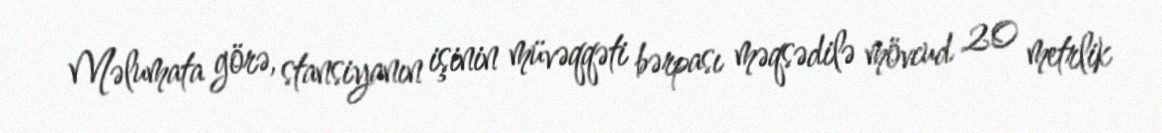
Məlumata görə, stansiyanın işinin müvəqqəti bərpası məqsədilə mövcud 20 metrlik